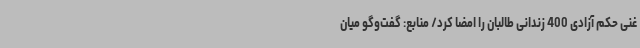
غنی حکم آزادی 400 زندانی طالبان را امضا کرد/ منابع: گفت‌وگو میان